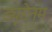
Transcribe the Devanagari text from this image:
ड्यूडेनम